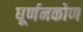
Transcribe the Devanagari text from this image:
घूर्णनकोण